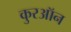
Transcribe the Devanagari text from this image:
कुरऑन